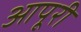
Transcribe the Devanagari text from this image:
आपूरी